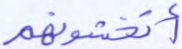
أتخشونهم